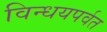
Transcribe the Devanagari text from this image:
विन्धयपर्वत